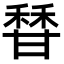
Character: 𬓶